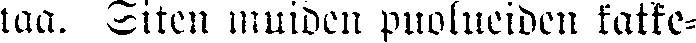
taa. Siten muiden puolueiden katke-